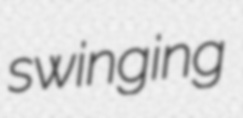
swinging